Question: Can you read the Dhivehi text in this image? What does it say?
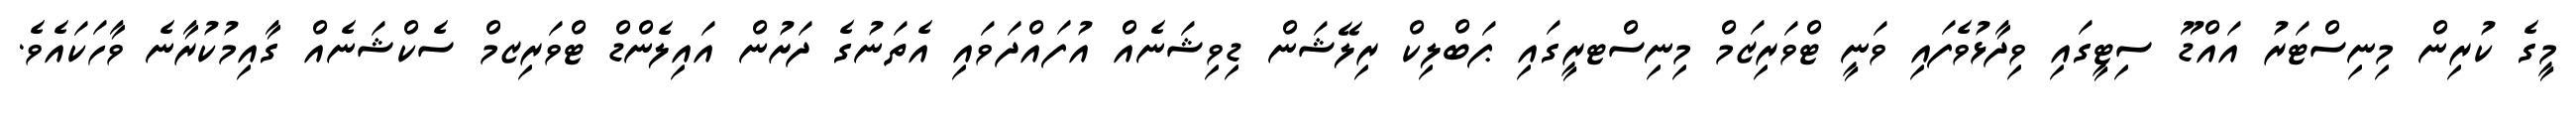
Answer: މީގެ ކުރިން މިނިސްޓަރު އައްޑޫ ސިޓީގައި ވިދާޅުވެފައި ވަނީ ޓްވަރިޒަމް މިނިސްޓރީގައި ޕަބްލިކް ރިލޭޝަން ޑިވިޝަނެއް އުފައްދަވައި އެތަނުގެ ދަށުން އައިލެންޑް ޓްވަރިޒމް ސެކްޝަނެއް ގާއިމުކުރާނެ ވާހަކައެވެ.